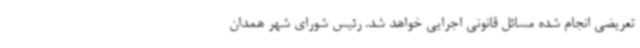
تعریضی انجام شده مسائل قانونی اجرایی خواهد شد. رئیس شورای شهر همدان